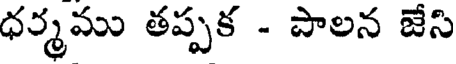
ధర్మము తప్పక - పాలన జేసి